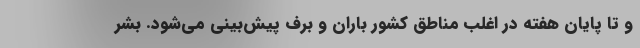
و تا پایان هفته در اغلب مناطق کشور باران و برف پیش‌بینی می‌شود. بشر